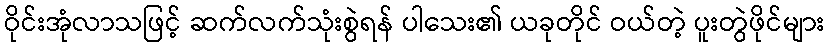
ဝိုင်းအုံလာသဖြင့် ဆက်လက်သုံးစွဲရန် ပါသေး၏ ယခုတိုင် ဝယ်တဲ့ ပူးတွဲဖိုင်များ